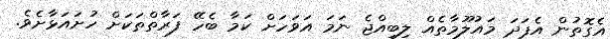
އެގޮތުން އެފަދަ މައުލޫމާތެއް ލިބިއްޖެ ނަމަ އަވަހަށް ކަމާ ބެހޭ ފަރާތްތަކަށް ހުށައަޅާށެވެ.